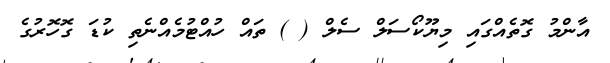
އާންމު ގޮތެއްގައި މިޔޫކޯސަލް ސެލް ( ) ތައް ހުއްޓުމެއްނެތި ކުޑަ ގޮހޮރުގެ